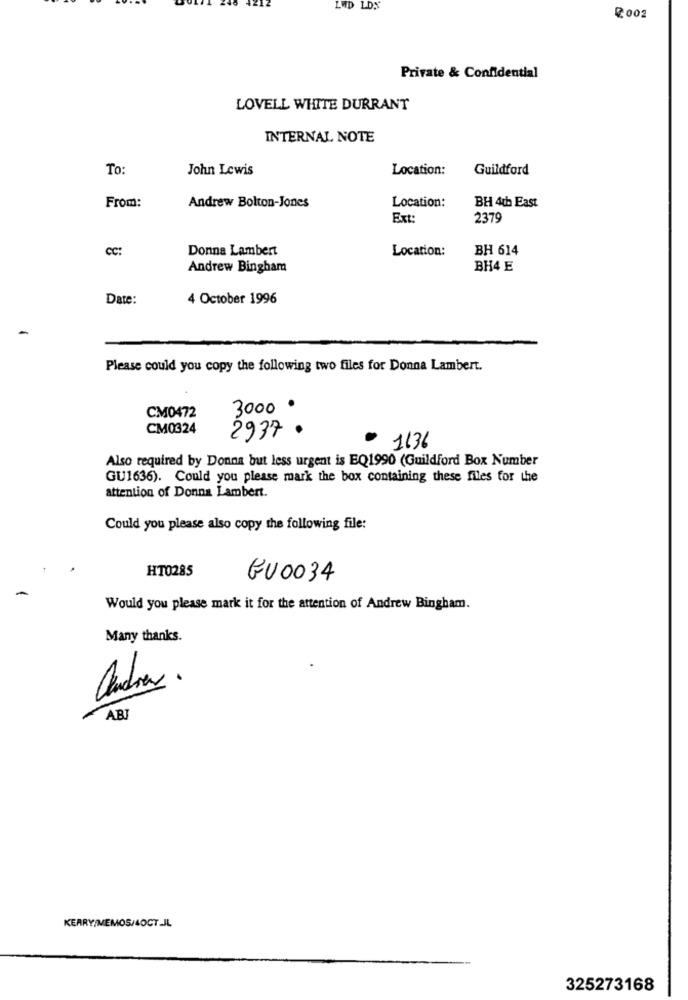
LUD LDS
Private & Confidential
LOVELL WHITE DURRANT
INTERNAL NOTE
To:
John Lewis
Location:
Guildford
From:
Andrew Bolton-Jones
Location:
BH 4th East
Ext:
2379
CC:
Donna Lambert
Location:
BH 614
Andrew Bingham
BH4 E
Date:
4 October 1996
Please could you copy the following two files for Donna Lambert.
3000
CM0472
CM0324
2937
1136
Also required by Donna but less urgent is EQ1990 (Guildford Box Number
GU1636). Could you please mark the box containing these files for the
attention of Donna Lambert.
Could you please also copy the following file:
HT0285
GU0034
Would you please mark it for the attention of Andrew Bingham.
Many thanks.
andres .
ABI
KERRY/MEMOS/4OCT_JL
325273168